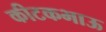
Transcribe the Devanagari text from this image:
कीटकभाऊ